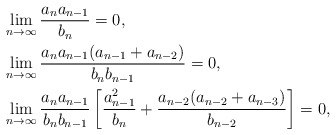
\begin{align*} & \lim_{n\to\infty}\frac{a_n a_{n-1}}{b_n}=0, \\ & \lim_{n\to\infty} \frac{a_n a_{n-1}(a_{n-1}+a_{n-2})}{b_n b_{n-1}}=0, \\ & \lim_{n\to\infty}\frac{a_n a_{n-1}}{b_nb_{n-1}} \left[ \frac{a_{n-1}^{2}}{b_n} + \frac{a_{n-2}(a_{n-2} + a_{n-3})}{b_{n-2}} \right]=0, \end{align*}